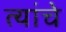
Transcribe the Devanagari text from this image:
त्यांंचेे